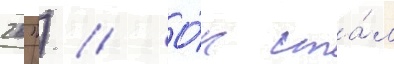
26") // О́н ста́л